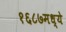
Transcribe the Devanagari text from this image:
१६८७मध्ये